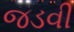
જડવી